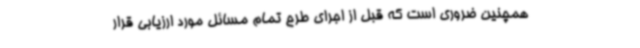
همچنین ضروری است که قبل از اجرای طرح تمام مسائل مورد ارزیابی قرار